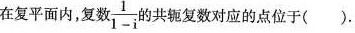
在复平面内，复数$$\frac { 1 } { 1 - i }$$ 的共轭复数对应的点位于( ).